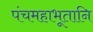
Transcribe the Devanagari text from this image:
पंचमहाभूतानि